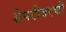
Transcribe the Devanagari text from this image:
शेपटीवरची